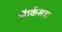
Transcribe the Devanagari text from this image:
ऑर्केसट्रा